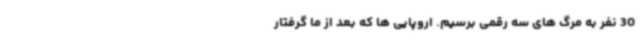
30 نفر به مرگ ‌های سه رقمی برسیم. اروپایی‌ ها که بعد از ما گرفتار